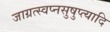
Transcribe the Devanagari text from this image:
जाग्रत्स्वप्नसुषुप्त्यादि